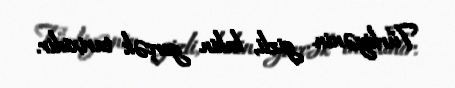
Türkiyənin gizli, lakin gerçək tarixidir.